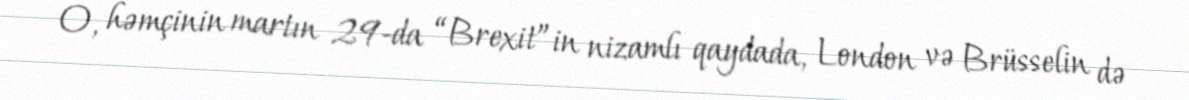
O, həmçinin martın 29-da “Brexit”in nizamlı qaydada, London və Brüsselin də